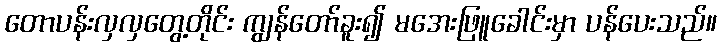
တောပန်းလှလှတွေ့တိုင်း ကျွန်တော်ခူး၍ မအေးဖြူခေါင်းမှာ ပန်ပေးသည်။